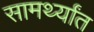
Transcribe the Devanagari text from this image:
सामर्थ्यांत